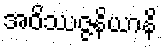
အဝိဿဇ္ဇနိယာနိ